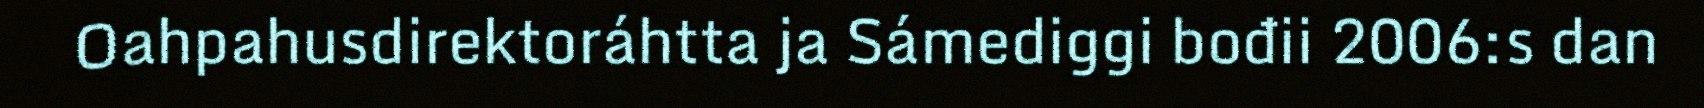
Oahpahusdirektoráhtta ja Sámediggi bođii 2006:s dan